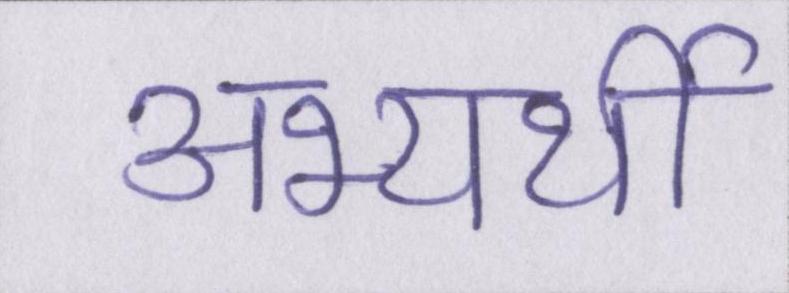
अभ्यर्थी